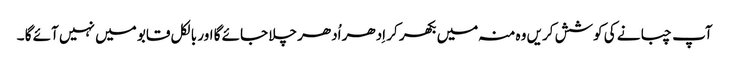
آپ چبانے کی کوشش کریں وہ منہ میں بکھر کر اِدھر اُدھر چلا جائے گا اور بالکل قابو میں نہیں آئے گا ۔